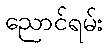
ညောင်ရမ်း